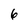
Character: 6